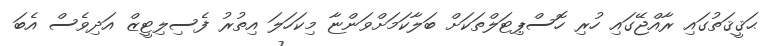
ޙަޤީޤަތުގައި ރާއްޖޭގައި ހުރި ހޮސްޕިޓަލްތަކަށް ބަލާކަމަށްވަންޏާ މިކަހަލަ އިތުރު ފެސިލިޓީޒް އަދިވެސް އެބަ